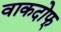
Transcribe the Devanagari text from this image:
वाकदोफ्